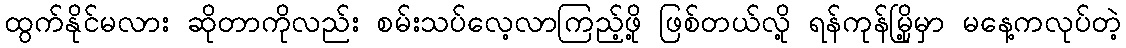
ထွက်နိုင်မလား ဆိုတာကိုလည်း စမ်းသပ်လေ့လာကြည့်ဖို့ ဖြစ်တယ်လို့ ရန်ကုန်မြို့မှာ မနေ့ကလုပ်တဲ့